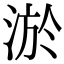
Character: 淤